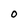
Character: O